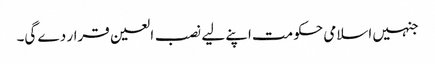
جنہیں اسلامی حکومت اپنے لیے نصب العین قرار دے گی۔